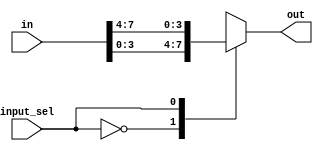
`timescale 1ns / 1ns
//////////////////////////////////////////////////////////////////////////////////
// Company: 
// Engineer: 
// 
// Design Name: 
// Module Name: bit4mux
// Project Name: 
// Target Devices: 
// Tool Versions: 
// Description: 
// 
// Dependencies: 
// 
// Revision:
// Revision 0.01 - File Created
// Additional Comments:
// 
//////////////////////////////////////////////////////////////////////////////////


module bit4mux(
 output reg [3:0] out,
 input [7:0] in,
 input input_sel 
    );

always @ (*)
 //if(clk_ena==3'd0)
  //; 
 //else
 begin
  case(input_sel)
   1'b0 : out = in[3:0];
   1'b1 : out = in[7:4];
  endcase
 end 

endmodule